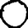
Digit: 0